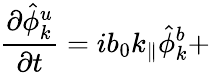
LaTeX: {\frac{\partial\hat{\phi}_{k}^{u}}{\partial t}}=ib_{0}k_{\parallel}\hat{\phi}_{k}^{b}+